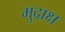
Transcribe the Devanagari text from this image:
मुद्राक्ष